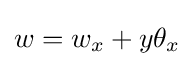
w=w_{x}+y\theta _{x}